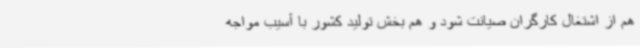
هم از اشتغال کارگران صیانت شود و هم بخش تولید کشور با آسیب مواجه